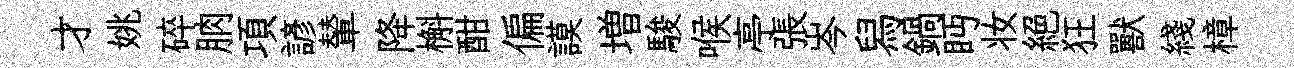
才姚碎朒項諺輦降槲酣偏謨増駿喉亭張岑舄鍋眄妆絕狂獸綫樟